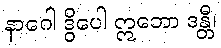
နာဂေါ ဒွိပေါ ဣဘော ဒန္တီ၊